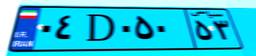
۰۴D۰۵۰۵۳